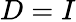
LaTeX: D=I